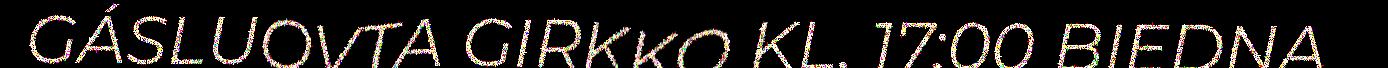
GÁSLUOVTA GIRKKO KL. 17:00 BIEDNA